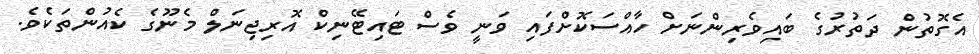
އެގޮތުން ދަތުރުގެ ބައިވެރިންނަށް ހާއްސަކޮށްފައި ވަނީ ވެސް ޓައިޓޭނިކް އޮރިޖިނަލް މެނޫގެ ކެއުންތަކެވެ.